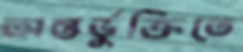
অন্তর্ভুক্তিতে